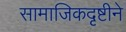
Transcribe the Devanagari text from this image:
सामाजिकदृष्टीने